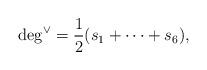
LaTeX: \begin{align*}\deg^\vee = \frac{1}{2}(s_1 + \cdots +s_6),\end{align*}